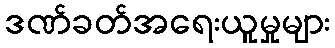
ဒဏ်ခတ်အရေးယူမှုများ